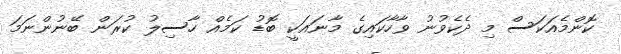
ކޮންމެއަކަސް މި ދެކެވުނު ވާހާކައިގެ މާނައަކީ ބޮޑު ކަމެއް ހާސިލު ކުރަން ބޭނުންނަމަ